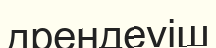
дрендеуіш